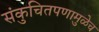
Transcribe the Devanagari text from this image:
संकुचितपणामुळेच